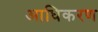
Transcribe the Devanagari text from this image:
आधिकरण